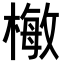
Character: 𣙕